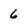
Character: 6